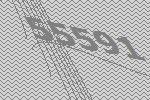
55591